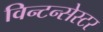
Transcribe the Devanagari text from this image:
विन्टन्सेस्टर